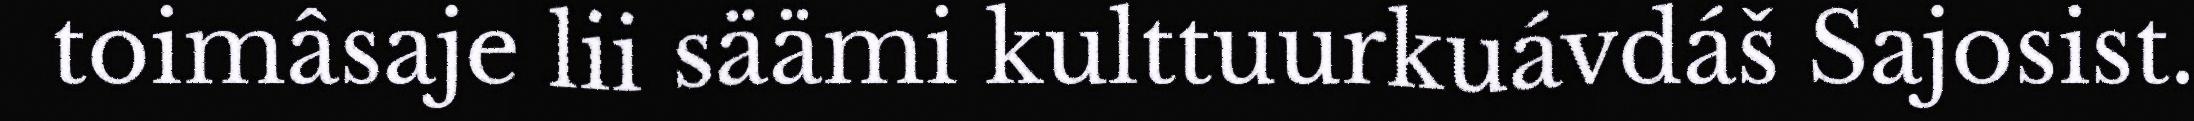
toimâsaje lii säämi kulttuurkuávdáš Sajosist.